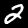
Digit: 2